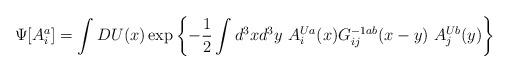
LaTeX: \begin{align*}\Psi[A_i^a]=\int DU(x) \exp\left\{-{1\over 2}\int d^{3}x d^{3}y\ A_i^{Ua}(x)G^{-1ab}_{ij}(x-y)\ A_j^{Ub}(y)\right\}\end{align*}